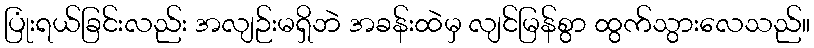
ပြုံးရယ်ခြင်းလည်း အလျဉ်းမရှိဘဲ အခန်းထဲမှ လျင်မြန်စွာ ထွက်သွားလေသည်။